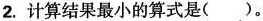
2. 计算结果最小的算式是( )。